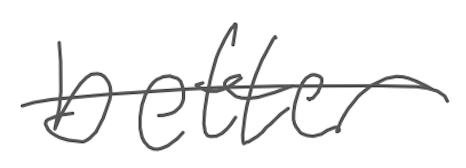
Text: better
Cross-out: single-line
Writing tool: digital_gray